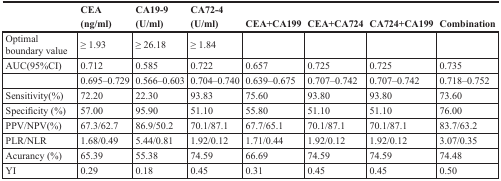
<table><thead><tr><td></td><td><b>CEA(ng/ml)</b></td><td><b>CA19-9(U/ml)</b></td><td><b>CA72-4(U/ml)</b></td><td><b>CEA+CA199</b></td><td><b>CEA+CA724</b></td><td><b>CA724+CA199</b></td><td><b>Combination</b></td></tr></thead><tbody><tr><td>Optimal boundary value</td><td>≥ 1.93</td><td>≥ 26.18</td><td>≥ 1.84</td><td></td><td></td><td></td><td></td></tr><tr><td>AUC(95%CI)</td><td>0.712</td><td>0.585</td><td>0.722</td><td>0.657</td><td>0.725</td><td>0.725</td><td>0.735</td></tr><tr><td></td><td>0.695–0.729</td><td>0.566–0.603</td><td>0.704–0.740</td><td>0.639–0.675</td><td>0.707–0.742</td><td>0.707–0.742</td><td>0.718–0.752</td></tr><tr><td>Sensitivity(%)</td><td>72.20</td><td>22.30</td><td>93.83</td><td>75.60</td><td>93.80</td><td>93.80</td><td>73.60</td></tr><tr><td>Specificity (%)</td><td>57.00</td><td>95.90</td><td>51.10</td><td>55.80</td><td>51.10</td><td>51.10</td><td>76.00</td></tr><tr><td>PPV/NPV(%)</td><td>67.3/62.7</td><td>86.9/50.2</td><td>70.1/87.1</td><td>67.7/65.1</td><td>70.1/87.1</td><td>70.1/87.1</td><td>83.7/63.2</td></tr><tr><td>PLR/NLR</td><td>1.68/0.49</td><td>5.44/0.81</td><td>1.92/0.12</td><td>1.71/0.44</td><td>1.92/0.12</td><td>1.92/0.12</td><td>3.07/0.35</td></tr><tr><td>Acurancy (%)</td><td>65.39</td><td>55.38</td><td>74.59</td><td>66.69</td><td>74.59</td><td>74.59</td><td>74.48</td></tr><tr><td>YI</td><td>0.29</td><td>0.18</td><td>0.45</td><td>0.31</td><td>0.45</td><td>0.45</td><td>0.50</td></tr></tbody></table>